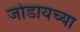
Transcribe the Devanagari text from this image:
जोडायच्या